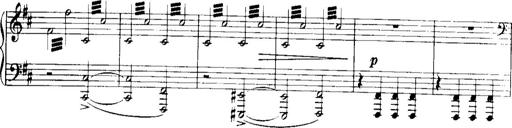
Title: Historische ungarische Bildnisse
Composer: Franz Liszt